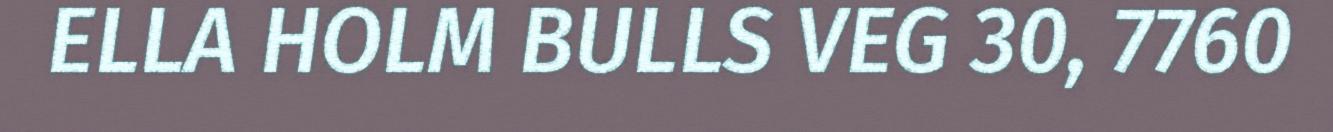
ELLA HOLM BULLS VEG 30, 7760